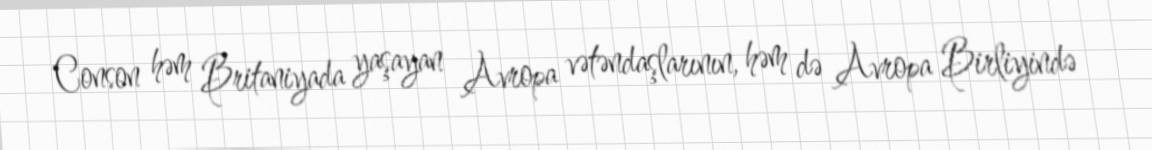
Conson həm Britaniyada yaşayan Avropa vətəndaşlarının, həm də Avropa Birliyində